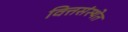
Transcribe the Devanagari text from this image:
वित्तसंस्थेत